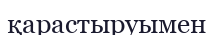
қарастыруымен